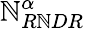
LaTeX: {\mathbb{N}_{R\mathbb{N}DR}^{\alpha}}